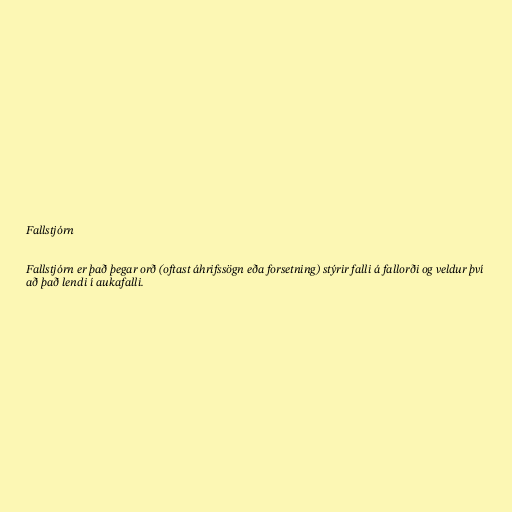
Fallstjórn

Fallstjórn er það þegar orð (oftast áhrifssögn eða forsetning) stýrir falli á fallorði og veldur því
að það lendi í aukafalli.